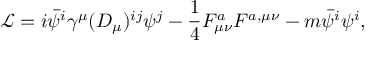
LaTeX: { \mathcal { L } } = i { \bar { \psi } } ^ { i } \gamma ^ { \mu } ( D _ { \mu } ) ^ { i j } \psi ^ { j } - { \frac { 1 } { 4 } } F _ { \mu \nu } ^ { a } F ^ { a , \mu \nu } - m { \bar { \psi } } ^ { i } \psi ^ { i } ,